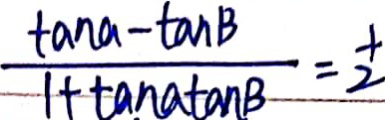
\frac { \tan a - \tan B } { 1 + \tan a \tan B } = \frac { 1 } { 2 }